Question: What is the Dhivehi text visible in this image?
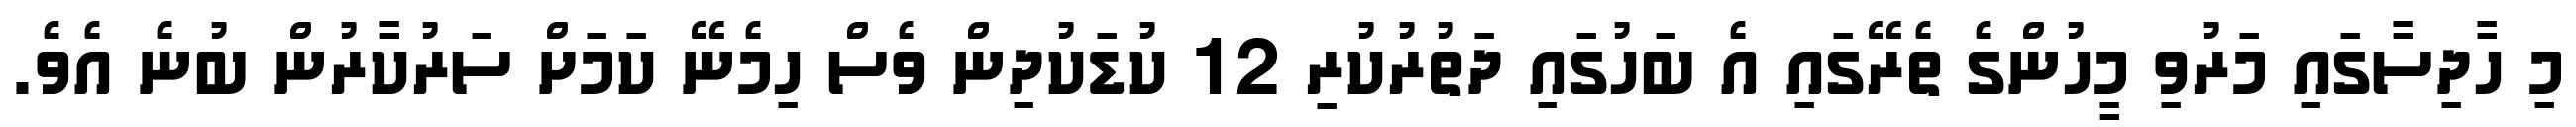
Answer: މި ހާދިސާގައި މަރުވި މީހުންގެ ތެރޭގައި އެ ބަހުގައި ދަތުރުކުރި 12 ކުޑަކުދިން ވެސް ހިމެނޭ ކަމަށް ސަރުކާރުން ބުނެ އެވެ.